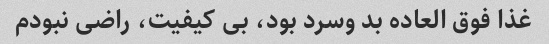
غذا فوق العاده بد وسرد بود، بی کیفیت، راضی نبودم